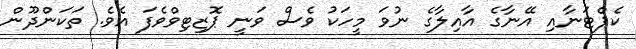
ކެޕްޓަނާއި އޭނާގެ އާއިލާގެ ނުވަ މީހަކު ވެސް ވަނީ ޕޮޒިޓިވްވެފަ އެވެ. ތަކަންދޫން